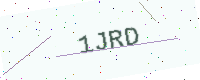
Text: 1JRD